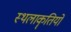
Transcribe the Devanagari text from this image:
स्थलाकॄतियों